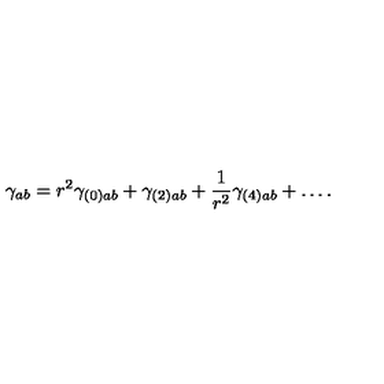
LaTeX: \gamma _ { a b } = r ^ { 2 } \gamma _ { ( 0 ) a b } + \gamma _ { ( 2 ) a b } + \frac { 1 } { r ^ { 2 } } \gamma _ { ( 4 ) a b } + \ldots .